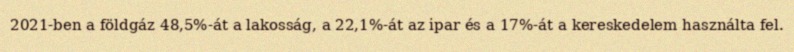
2021-ben a földgáz 48,5%-át a lakosság, a 22,1%-át az ipar és a 17%-át a kereskedelem használta fel.